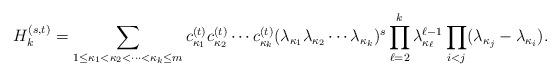
LaTeX: \begin{align*}H_k^{(s,t)}=\sum_{1\le \kappa_1<\kappa_2<\dots<\kappa_k\le m}c_{\kappa_1}^{(t)}c_{\kappa_2}^{(t)}\cdots c_{\kappa_k}^{(t)} (\lambda_{\kappa_1}\lambda_{\kappa_2}\cdots \lambda_{\kappa_k})^s\prod_{\ell=2}^{k}\lambda_{\kappa_\ell}^{\ell-1}\prod_{i<j}(\lambda_{\kappa_j}-\lambda_{\kappa_i}).\end{align*}